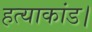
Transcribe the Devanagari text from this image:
हत्याकांड।